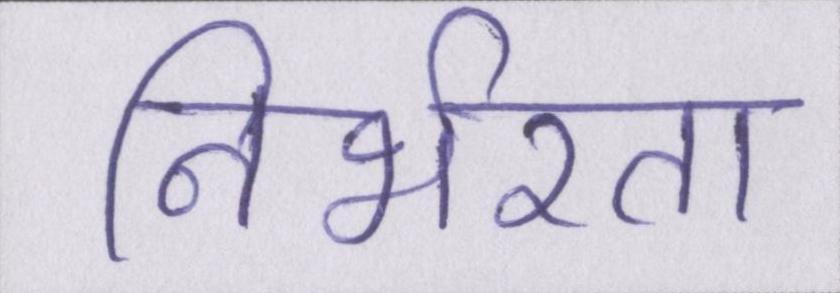
निर्भरता